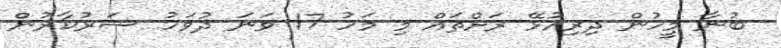
ބުނާ މީހުން ދިރިއުޅޭ ރަށްތައް މި މަހު 17 ވަނަ ދުވަހު ސަރުކާރުން